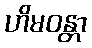
ဟိမဝန္တာ